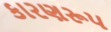
કારણરૂપ